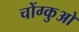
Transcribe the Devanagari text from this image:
चोंग्कुओ